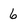
Character: 6